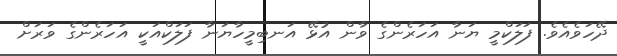
ދޭހަވެއެވެ. ފަލަކްމީ ޔަނާ އަހަރެންގެ ވާން އުޅޭ އަނބިމީހާޔަނާ ފަލަކްއަކީ އަހަރެންގެ ވަރަށް